Rangoon Lunatic Asylum 1898-1906 - 1898-1906
Year: 1898
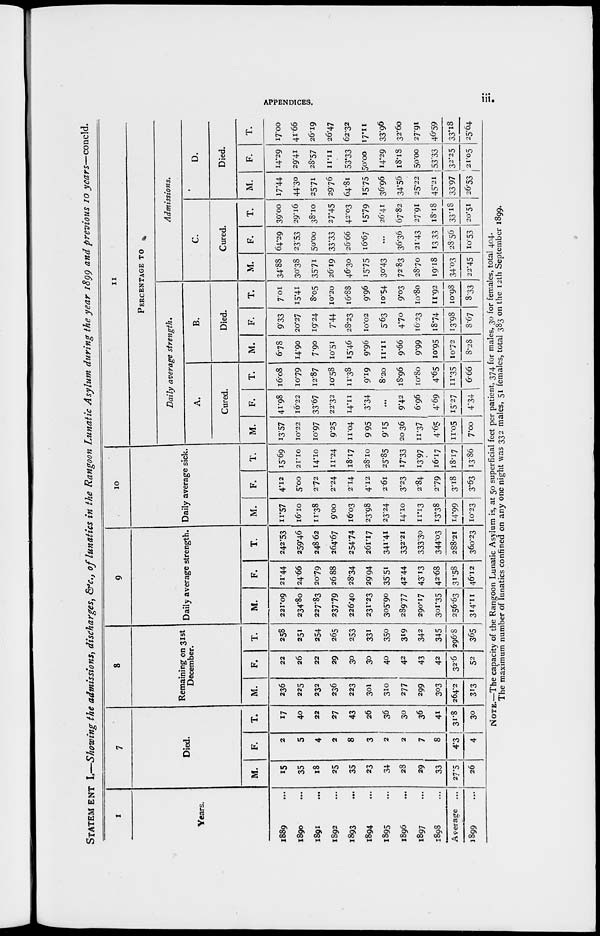
APPENDICES.
iii.
STATEMENT I.—Showing the admissions, discharges, &c., of lunatics in the Rangoon Lunatic Asylum during the year 1899 and previous 10 years—concld.
1
Years.
1889 ...
1890 ...
1891 ...
1892 ...
1893 ...
1894 ...
1895 ...
1896 ...
1897 ...
1898 ...
Average
...
1899 ...
7
Died.
M.
15
35
18
25
35
23
34
28
29
33
27.5
26
F.
2
5
4
2
8
3
2
2
7
8
4.3
4
T.
17
40
22
27
43
26
36
30
36
41
31.8
30
8
Remaining on 31st
December.
M.
236
225
232
236
223
301
310
277
299
303
264.2
313
F.
22
26
22
29
30
30
40
42
43
42
32.6
52
T.
258
251
254
265
253
331
350
3.9
342
345
296.8
365
9
Daily average strength.
M.
221.09
234.80
227.83
237.79
226.40
231.23
305.90
289.77
290.17
301.35
256.63
314.11
F.
21.44
24.66
20.79
26.88
28.34
29.94
35.51
42.44
43.13
42.68
31.58
46.12
T.
242.53
259.46
248.62
264.67
254.74
261.17
341.41
332.21
333.30
344.03
288.21
360.23
10
Daily average sick.
M.
11.57
16.10
11.38
9.00
16.03
23.98
23.24
14.10
11.13
13.38
14.99
10.23
F.
4.12
5.00
2.72
2.24
2.14
4.12
2.61
3.23
2.84
2.79
3.18
3.63
T.
15.69
21.10
14.10
11.24
18.17
28.10
25.85
17.33
13.97
16.17
18.17
13.86
11
PERCENTAGE TO
Daily average
strength.
A.
Cured.
M.
13.57
10.22
10.97
9.25
11.04
9.95
9.15
20.36
11.37
4.65
11.05
7.00
F.
41.98
16.22
33.67
22.32
14.11
3.34
...
9.42
6.96
4.69
15.27
4.34
T.
16.08
10.79
12.87
10.58
11.38
9.19
8.20
18.96
10.80
4.65
11.35
6.66
B.
Died.
M.
6.78
14.90
7.90
10.51
15.46
9.96
11.11
9.66
9.99
10.95
10.72
8.28
F.
9.33
20.27
19.24
7.44
28.23
10.02
5.63
4.70
16.23
18.74
13.98
8.67
T.
7.01
15.41
8.05
10.20
16.88
9.96
10.54
9.03
10.80
11.92
10.98
8.33
Admissions.
C.
Cured.
M.
34.88
30.38
35.71
26.19
46.30
15.75
30.43
72.83
28.70
19.18
34.03
22.45
F.
64.29
23.53
50.00
33.33
26.66
16.67
...
36.36
21.43
13.33
28.56
10.53
T.
39.00
29.16
38.10
27.45
42.03
15.79
26.41
67.82
27.91
18.18
33.18
20.51
D.
Died.
M.
17.44
44.30
25.71
2976
64.81
15.75
36.96
34.56
25.22
45.21
33.97
26.53
F.
14.29
29.41
28.57
11.11
53.33
50.00
14.29
18.18
50.00
53.33
32.25
21.05
T.
17.00
41.66
26.19
26.47
62.32
17.11
33.96
32.60
27.91
46.59
33.18
25.64
NOTE.—The capacity of the Rangoon Lunatic Asylum is, at 50 superficial feet per patient, 374 for males, 30 for females, total 404.
The maximum number of lunatics confined on any one night was 332 males, 51 females, total 383 on the 12th September 1899.